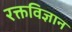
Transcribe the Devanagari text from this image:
रक्तविज्ञान